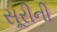
સૂરીની